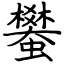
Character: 蠜